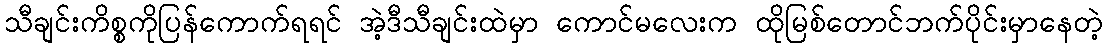
သီချင်းကိစ္စကိုပြန်ကောက်ရရင် အဲ့ဒီသီချင်းထဲမှာ ကောင်မလေးက ထိုမြစ်တောင်ဘက်ပိုင်းမှာနေတဲ့